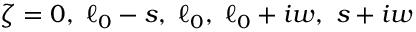
\zeta = 0 , \ \ell _ { 0 } - s , \ \ell _ { 0 } , \ \ell _ { 0 } + i w , \ s + i w